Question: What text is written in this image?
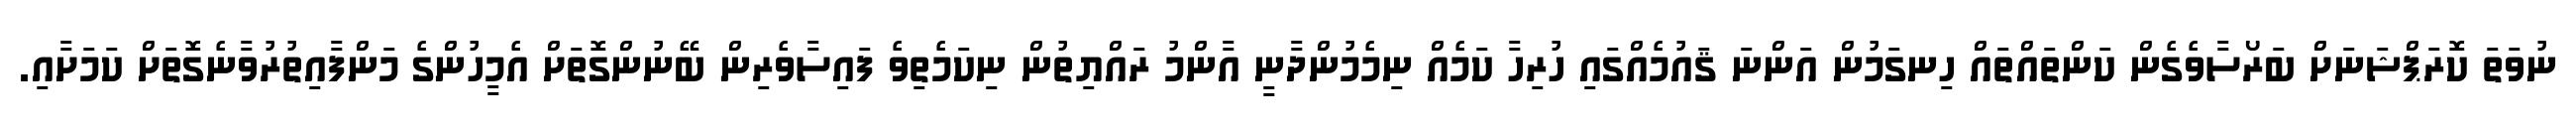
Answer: ނުވަތަ ކޮރަޕްޝަނަށް ބަރޯސާވެގެން ކަންތައްތައް ހިނގަމުން އަންނަ ޤައުމެއްގައި ހުރިހާ ކަމެއް ނިމެމުންދާނީ އާންމު ރައްޔިތުން ނިކަމެތިވެ ފައިސާވެރިން ބޭނުންގޮތަށް އެމީހުންގެ މަންފާއިތުރުވާނެގޮތަށް ކަމަށާއި.